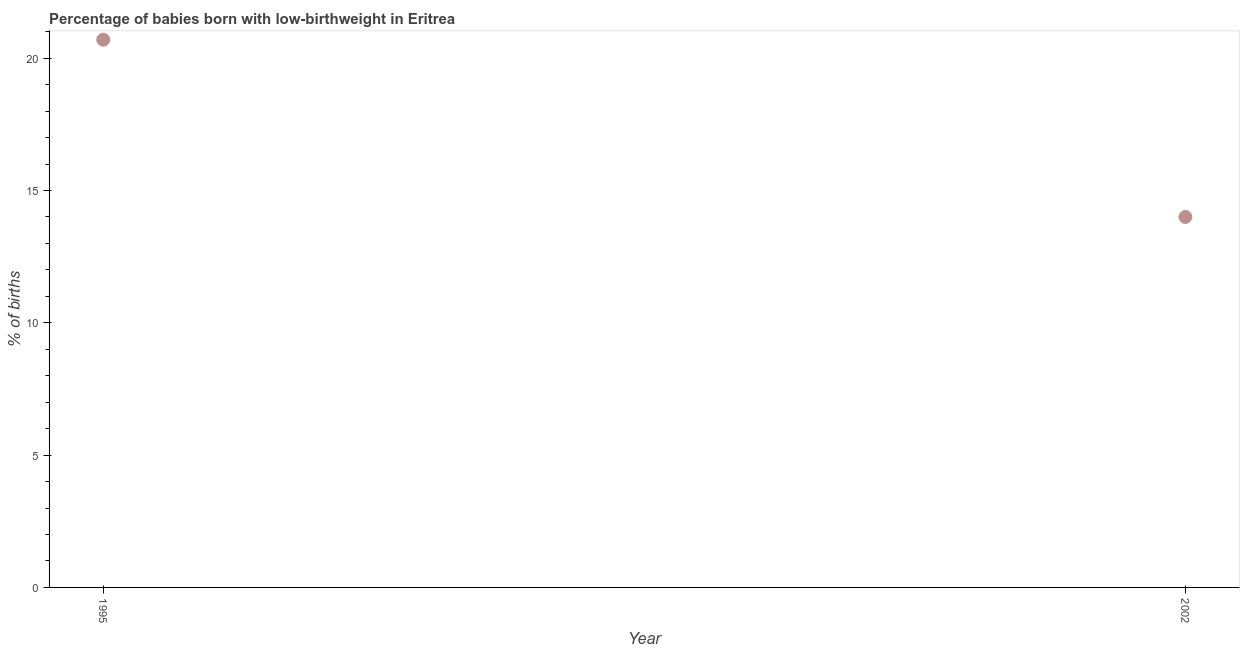
| Year | Low-birthweight babies |
 | --- | --- |
 | 1995 | 20.7 |
 | 2002 | 14 |